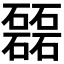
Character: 𥗉